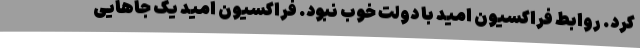
کرد. روابط فراکسیون امید با دولت خوب نبود. فراکسیون امید یک جاهایی